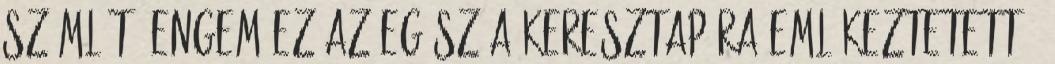
számlát: Engem ez az egész a Keresztapára emlékeztetett –